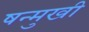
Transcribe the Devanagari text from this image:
षन्मुखी